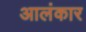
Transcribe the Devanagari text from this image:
आलंकार